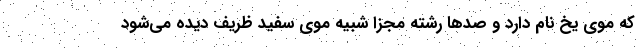
که موی یخ نام دارد و صد‌ها رشته مجزا شبیه موی سفید ظریف دیده می‌شود